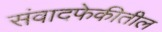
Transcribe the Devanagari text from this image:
संवादफेकीतील